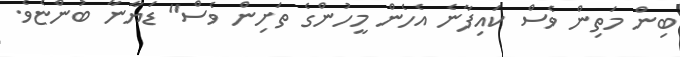
ބިން މަތިން ވެސް ކައިފާނެ އެހެން މީހުންގެ ތަށިން ވެސް" ޑަޔާނާ ބުންޏެވެ.